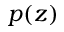
p ( z )